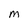
Character: M